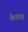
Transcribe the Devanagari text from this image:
केनल्स